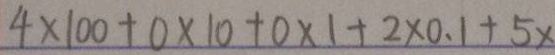
4 \times 1 0 0 + 0 \times 1 0 + 0 \times 1 + 2 \times 0 . 1 + 5 \times